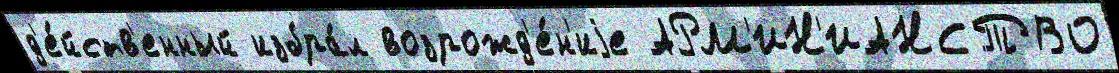
д'е́йств'енный избра́л возрожд'е́н'иjе АРМ'ИН'ИАНСТВО